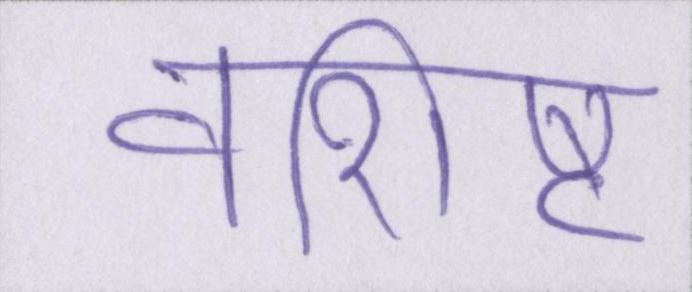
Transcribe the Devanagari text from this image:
वशिष्ट